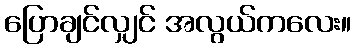
ပြောချင်လျှင် အလွယ်ကလေး။